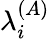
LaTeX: \lambda_{i}^{(A)}